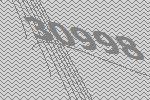
30998